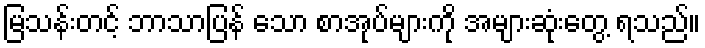
မြသန်းတင့် ဘာသာပြန် သော စာအုပ်များကို အများဆုံးတွေ့ ရသည်။